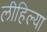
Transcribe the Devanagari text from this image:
लीहिल्या